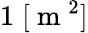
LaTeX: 1\; [\mathrm{~m~}^{2}]